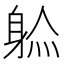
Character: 𲄞